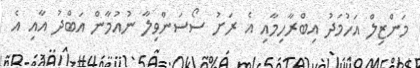
މަންޒިލް އަހުމަދު އިބްރާހިމާއި އެ ރަށު ސޯސަންވިލާ ނުއުމާން އަބްދު އާއި އެ